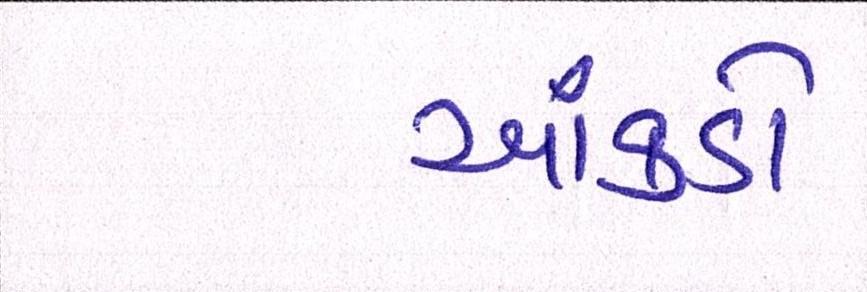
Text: આંકડો